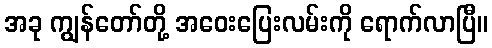
အခု ကျွန်တော်တို့ အဝေးပြေးလမ်းကို ရောက်လာပြီ။